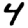
Digit: 4